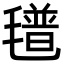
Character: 氆